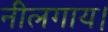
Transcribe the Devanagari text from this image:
नीलगाय।